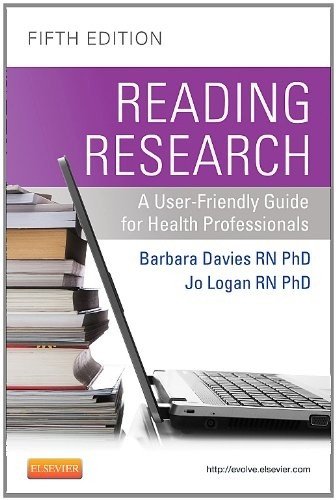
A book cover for Reading Research: A User-Friendly Guide for Health Professionals, 5e; Barbara Davies RN  PhD; Medical Books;